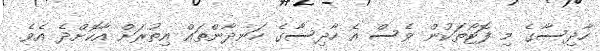
ހާދިސާގެ މި ފޮޓޯތަކުން ވެސް އެ ހާދިސާގެ ހަނދާންތައް އިތުރަށް އާކޮށްދެ އެވެ.